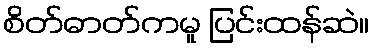
စိတ်ဓာတ်ကမူ ပြင်းထန်ဆဲ။